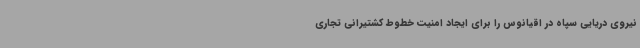
نیروی دریایی سپاه در اقیانوس را برای ایجاد امنیت خطوط کشتیرانی تجاری